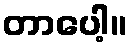
တာပေါ့။